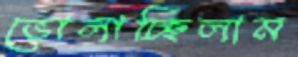
ভোলাচ্ছিলাম